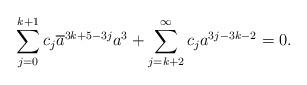
LaTeX: \begin{align*}\sum_{j=0}^{k+1}c_j\overline{a}^{3k+5-3j}a^3+\sum_{j=k+2}^{\infty}c_ja^{3j-3k-2}=0.\end{align*}